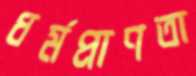
ধর্মপ্রাণতা